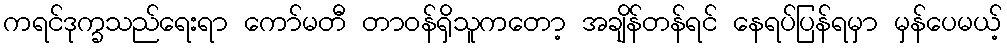
ကရင်ဒုက္ခသည်ရေးရာ ကော်မတီ တာဝန်ရှိသူကတော့ အချိန်တန်ရင် နေရပ်ပြန်ရမှာ မှန်ပေမယ့်